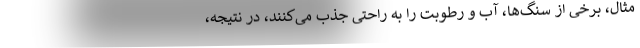
مثال، برخی از سنگ‌ها، آب و رطوبت را به راحتی جذب می‌کنند، در نتیجه،